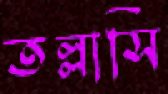
তল্লাসি